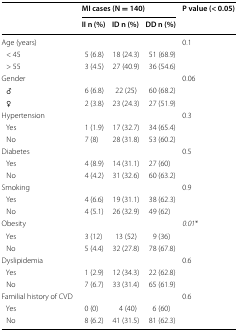
| <ROWSPAN=2>  | <COLSPAN=3> MI cases (N = 140) | <ROWSPAN=2> P value (< 0.05) |
 | II n (%) | ID n (%) | DD n (%) |
 | --- | --- | --- | --- | --- |
 | Age (years) |  |  |  | 0.1 |
 | < 45 | 5 (6.8) | 18 (24.3) | 51 (68.9) |  |
 | > 55 | 3 (4.5) | 27 (40.9) | 36 (54.6) |  |
 | Gender |  |  |  | 0.06 |
 | ♂ | 6 (6.8) | 22 (25) | 60 (68.2) |  |
 | ♀ | 2 (3.8) | 23 (24.3) | 27 (51.9) |  |
 | Hypertension |  |  |  | 0.3 |
 | Yes | 1 (1.9) | 17 (32.7) | 34 (65.4) |  |
 | No | 7 (8) | 28 (31.8) | 53 (60.2) |  |
 | Diabetes |  |  |  | 0.5 |
 | Yes | 4 (8.9) | 14 (31.1) | 27 (60) |  |
 | No | 4 (4.2) | 31 (32.6) | 60 (63.2) |  |
 | Smoking |  |  |  | 0.9 |
 | Yes | 4 (6.6) | 19 (31.1) | 38 (62.3) |  |
 | No | 4 (5.1) | 26 (32.9) | 49 (62) |  |
 | Obesity |  |  |  | 0.01* |
 | Yes | 3 (12) | 13 (52) | 9 (36) |  |
 | No | 5 (4.4) | 32 (27.8) | 78 (67.8) |  |
 | Dyslipidemia |  |  |  | 0.6 |
 | Yes | 1 (2.9) | 12 (34.3) | 22 (62.8) |  |
 | No | 7 (6.7) | 33 (31.4) | 65 (61.9) |  |
 | Familial history of CVD |  |  |  | 0.6 |
 | Yes | 0 (0) | 4 (40) | 6 (60) |  |
 | No | 8 (6.2) | 41 (31.5) | 81 (62.3) |  |